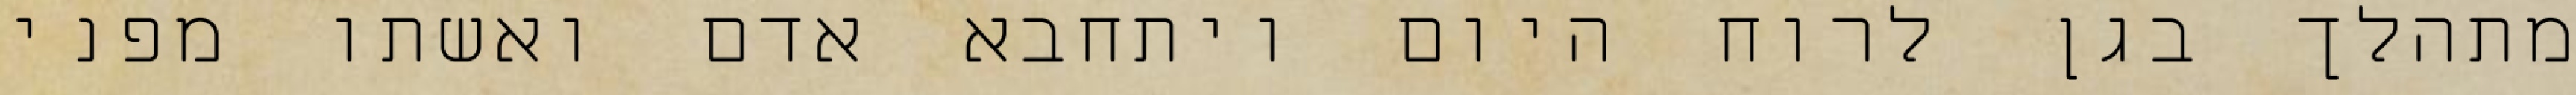
מתהלך בגן לרוח היום ויתחבא אדם ואשתו מפני